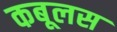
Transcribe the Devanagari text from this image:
कबूलस